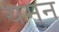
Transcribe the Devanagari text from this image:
यमुन